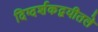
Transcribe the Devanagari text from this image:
दिग्दर्शकद्वयीतले